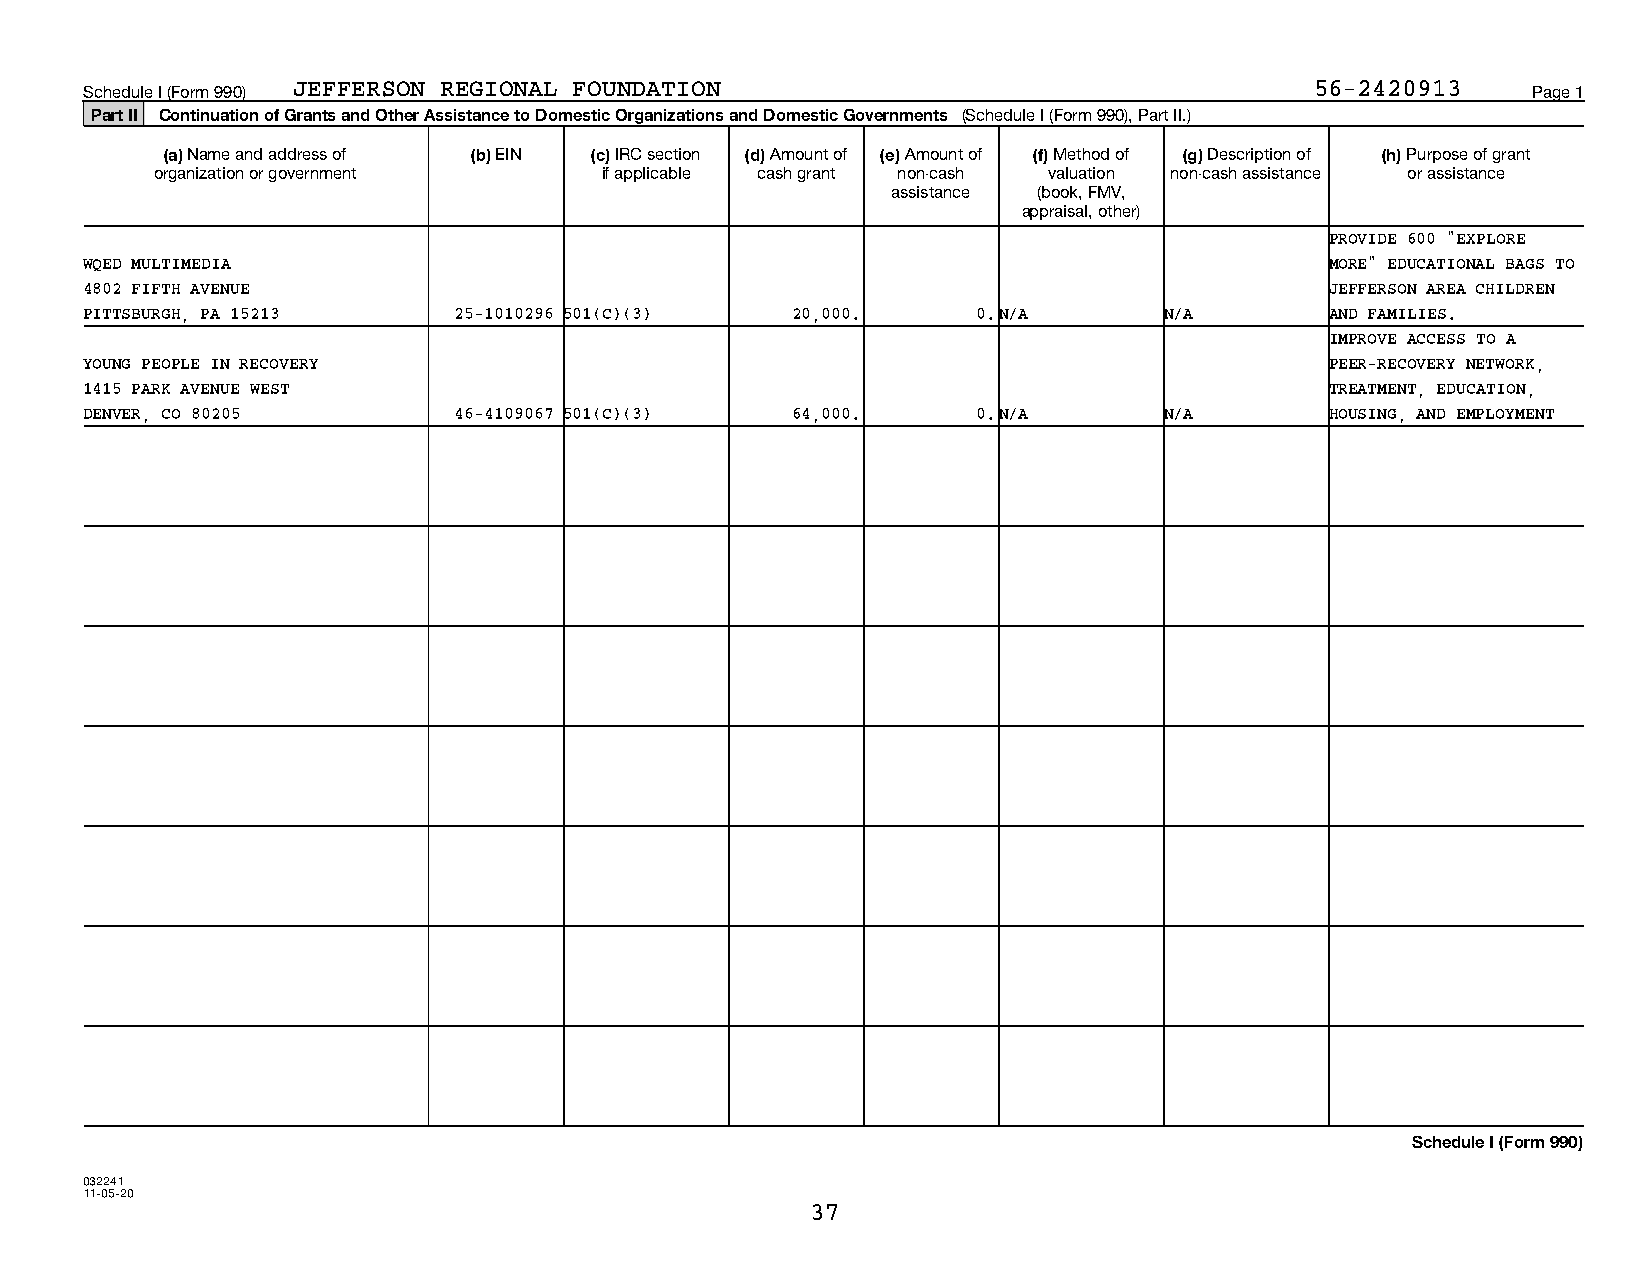
Schedule I (Form 990) JEFFERSON REGIONAL FOUNDATION                              56-2420913    Page 1
 Part II Continuation of Grants and Other Assistance to Domestic Organizations and Domestic Governments (Schedule I (Form 990), Part II.)
 (a) Name and address of (b) EIN (c) IRC section (d) Amount of (e) Amount of (f) Method of (g) Description of (h) Purpose of grant
 organization or government    if applicable cash grant non-cash valuation non-cash assistance or assistance
 assistance (book, FMV,
 appraisal, other)
 PROVIDE 600 "EXPLORE
 WQED MULTIMEDIA                                                                   MORE" EDUCATIONAL BAGS TO
 4802 FIFTH AVENUE                                                                 JEFFERSON AREA CHILDREN
 PITTSBURGH, PA 15213    25-1010296 501(C)(3)  20,000.      0.N/A       N/A        AND FAMILIES.
 IMPROVE ACCESS TO A
 YOUNG PEOPLE IN RECOVERY                                                          PEER-RECOVERY NETWORK,
 1415 PARK AVENUE WEST                                                             TREATMENT, EDUCATION,
 DENVER, CO 80205        46-4109067 501(C)(3)  64,000.      0.N/A       N/A        HOUSING, AND EMPLOYMENT
 Schedule I (Form 990)
 032241
 11-05-20
 37